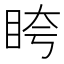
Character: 𥅚